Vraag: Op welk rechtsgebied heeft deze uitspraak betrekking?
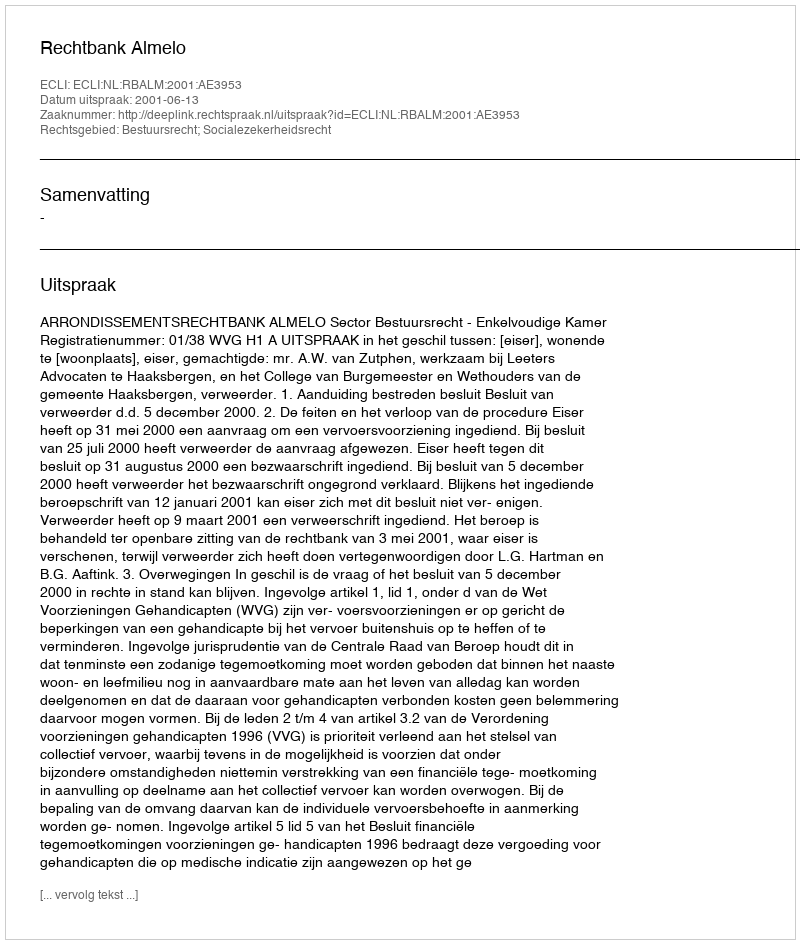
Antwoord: Bestuursrecht; Socialezekerheidsrecht